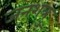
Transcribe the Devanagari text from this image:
जनशत्रु